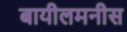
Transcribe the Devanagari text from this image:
बायीलमनीस